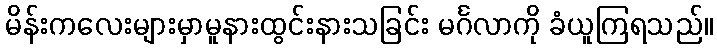
မိန်းကလေးများမှာမူနားထွင်းနားသခြင်း မင်္ဂလာကို ခံယူကြရသည်။